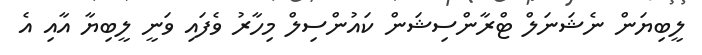
ލީބިޔަން ނެޝަނަލް ޓްރާންސިޝަން ކައުންސިލް މިހާރު ވެފައި ވަނީ ލީބިޔާ އާއި އެ